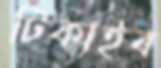
টিকাইব